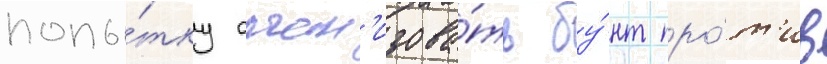
попы́тку орган'изова́ть бу́нт про́т'ив